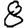
Digit: 8